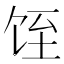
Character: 𱃸